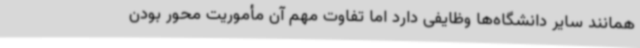
همانند سایر دانشگاه‌ها وظایفی دارد اما تفاوت مهم آن مأموریت محور بودن